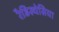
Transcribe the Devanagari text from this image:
रैडिस्थेसिया